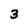
Character: 3